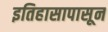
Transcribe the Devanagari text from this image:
इतिहासापासून